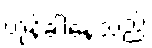
တုန်ခါနေသည်